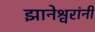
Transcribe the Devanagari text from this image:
झानेश्वरांनी